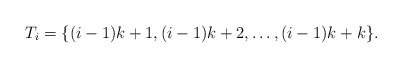
\begin{align*}T_i = \{ {(i-1)k+1},{(i-1)k+2},\ldots,{(i-1)k+k} \}.\end{align*}